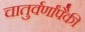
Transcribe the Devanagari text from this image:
चातुर्वर्णांपैकी